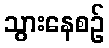
သွားနေစဉ်